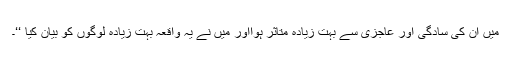
میں ان کی سادگی اور عاجزی سے بہت زیادہ متاثر ہوااور میں نے یہ واقعہ بہت زیادہ لوگوں کو بیان کیا ‘‘۔